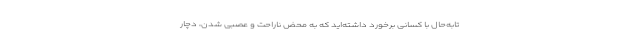
تابه‌حال با کسانی برخورد داشته‌اید که به محض ناراحت و عصبی شدن، دچار